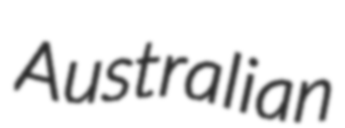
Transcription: Australian